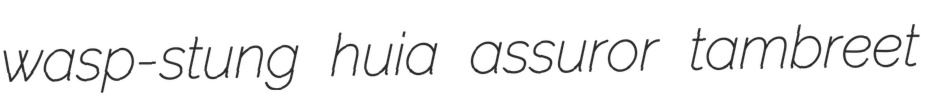
wasp-stung huia assuror tambreet